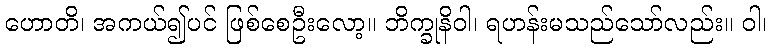
ဟောတိ၊ အကယ်၍ပင် ဖြစ်စေဦးလော့။ ဘိက္ခုနိဝါ၊ ရဟန်းမသည်သော်လည်း။ ဝါ၊